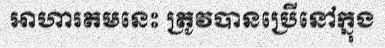
អាហារតមនេះ ត្រូវបានប្រើនៅក្នុង